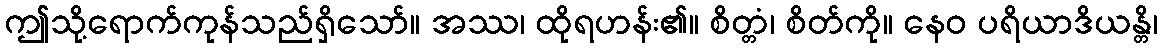
ဤသို့ရောက်ကုန်သည်ရှိသော်။ အဿ၊ ထိုရဟန်း၏။ စိတ္တံ၊ စိတ်ကို။ နေဝ ပရိယာဒိယန္တိ၊